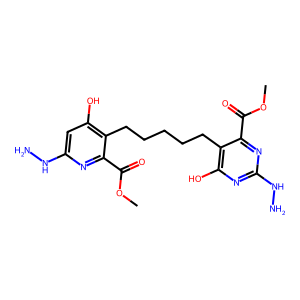
SMILES: COC(=O)c1nc(NN)cc(O)c1CCCCCc1c(O)nc(NN)nc1C(=O)OC
Inhibits HIV replication: No